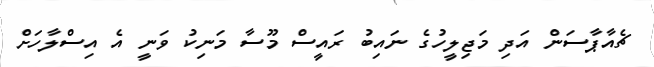
ޗެއާޕާސަން އަދި މަޖިލީހުގެ ނައިބު ރައީސް މޫސާ މަނިކު ވަނީ އެ އިސްލާހަށް